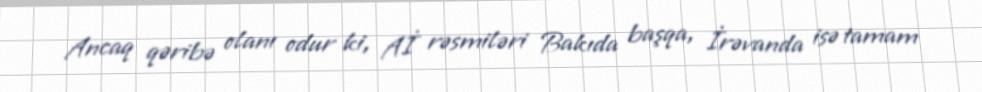
Ancaq qəribə olanı odur ki, Aİ rəsmiləri Bakıda başqa, İrəvanda isə tamam